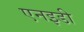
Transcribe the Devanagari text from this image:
एनइडी